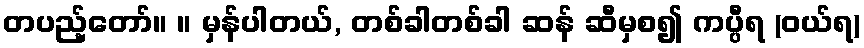
တပည့်တော်။ ။ မှန်ပါတယ်, တစ်ခါတစ်ခါ ဆန် ဆီမှစ၍ ကပ္ပီရ (ဝယ်ရ)